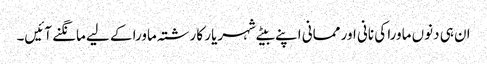
ان ہی دنوں ماورا کی نانی اور ممانی اپنے بیٹے شہریار کا رشتہ ماورا کے لیے مانگنے آئیں۔